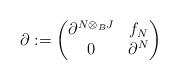
LaTeX: \begin{align*}\partial:=\left(\begin{matrix}\partial^{N\otimes_BJ} & f_N \\0 & \partial^N\end{matrix}\right)\end{align*}